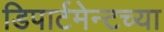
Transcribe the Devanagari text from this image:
डिपार्टमेन्टच्या